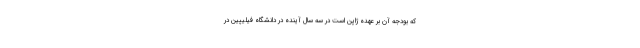
که بودجه آن بر عهده ژاپن است در سه سال آینده در دانشگاه فیلیپین در